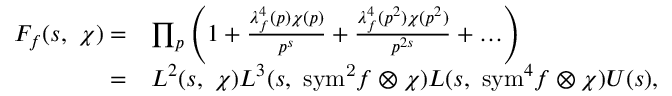
\begin{array} { r l } { F _ { f } ( s , \ \chi ) = } & { \prod _ { p } \left( 1 + \frac { \lambda _ { f } ^ { 4 } ( p ) \chi ( p ) } { p ^ { s } } + \frac { \lambda _ { f } ^ { 4 } ( p ^ { 2 } ) \chi ( p ^ { 2 } ) } { p ^ { 2 s } } + \hdots \right) } \\ { = } & { L ^ { 2 } ( s , \ \chi ) L ^ { 3 } ( s , \ \mathrm { { s y m } ^ { 2 } } f \otimes \chi ) L ( s , \ \mathrm { s y m } ^ { 4 } f \otimes \chi ) U ( s ) , } \end{array}